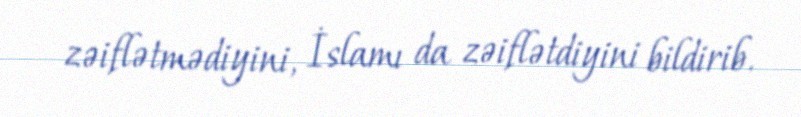
zəiflətmədiyini, İslamı da zəiflətdiyini bildirib.